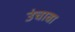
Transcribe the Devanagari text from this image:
उंचावा